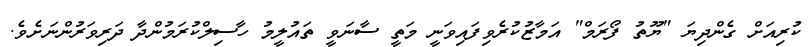
ކުރިއަށް ގެންދިޔަ "ޔޫތު ފޯރަމް" އަމާޒުކުރެވިފައިވަނީ މަތީ ސާނަވީ ތައުލީމު ހާސިލްކުރަމުންދާ ދަރިވަރުންނަށެވެ.